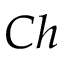
C h